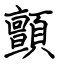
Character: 顫